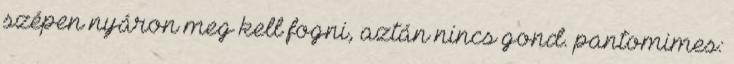
szépen nyáron meg kell fogni, aztán nincs gond. pantomimes: